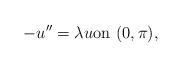
LaTeX: \begin{align*}- u'' = \lambda u \mbox{on} \ (0, \pi) , \end{align*}